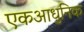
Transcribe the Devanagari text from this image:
एकआधुनिक